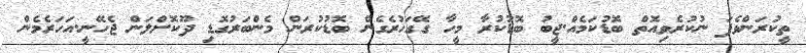
ތީކުރަންވެފަ ނުކުރެވިއޮތް ބޮޑުކަމެއް.ޖީބު ބޮޑުކުރާ މީހާ ގޭގަހުރެގެން ބޮޑުކުރަން މެންބަރުގޮޑި ދޫކޮށްލަން ޖެހޭނީ.އަހަރެމެން